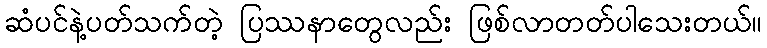
ဆံပင်နဲ့ပတ်သက်တဲ့ ပြဿနာတွေလည်း ဖြစ်လာတတ်ပါသေးတယ်။